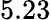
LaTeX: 5.23